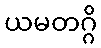
ယမတဂ္ဂိ